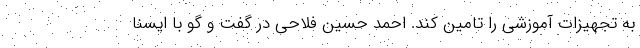
به تجهیزات آموزشی را تامین کند. احمد حسین فلاحی در گفت و گو با ایسنا